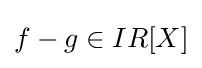
f-g\in IR[X]